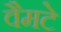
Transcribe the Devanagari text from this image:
वैमटे